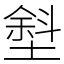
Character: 㙦